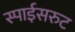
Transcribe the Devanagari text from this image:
स्पाईसरुट